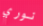
نوري